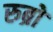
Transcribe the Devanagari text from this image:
रुब्रो